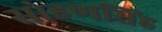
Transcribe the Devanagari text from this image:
सोहणसिंह